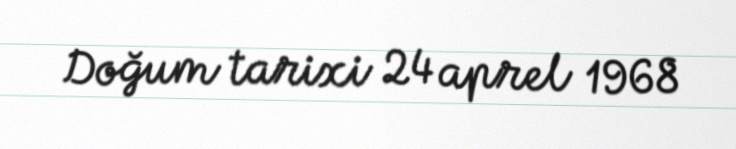
Doğum tarixi 24 aprel 1968